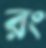
রং